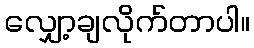
လျှော့ချလိုက်တာပါ။